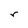
Character: r